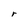
Character: r